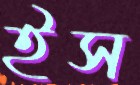
ইস